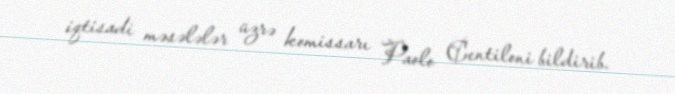
iqtisadi məsələlər üzrə komissarı Paolo Centiloni bildirib.